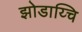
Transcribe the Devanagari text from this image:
झोडाय्चि